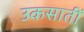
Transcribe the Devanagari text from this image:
उकसातीं